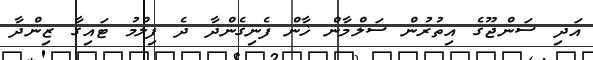
އަދި ސަންޖޫގެ އިތުރުން ސަލްމާން ޚާން ފެނިގެންދާ ދެ ފިލްމު ޓައިގާ ޒިންދާ